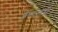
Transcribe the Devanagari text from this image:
शेम्मान्गुड़ी